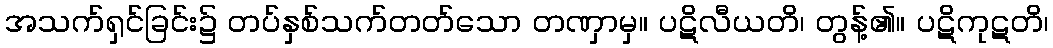
အသက်ရှင်ခြင်း၌ တပ်နှစ်သက်တတ်သော တဏှာမှ။ ပဋိလီယတိ၊ တွန့်၏။ ပဋိကုဋတိ၊